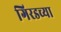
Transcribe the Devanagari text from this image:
गिरडच्या